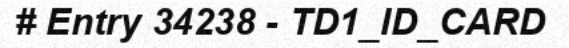
# Entry 34238 - TD1_ID_CARD